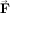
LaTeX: \vec { \mathbf { F } }